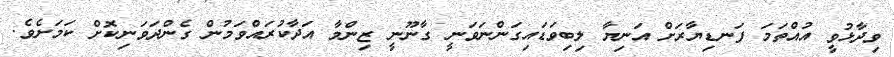
ވިދާޅުވީ އުއްތަމަ ފަނޑިޔާރަށް އަނިޔާ ލިބިވަޑައިގަންނަވަނީ ގާނޫނީ ޒިންމާ އަދާކުރައްވަމުން ގެންދަވަނިކޮށް ކަމަށެވެ.